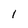
Character: 1